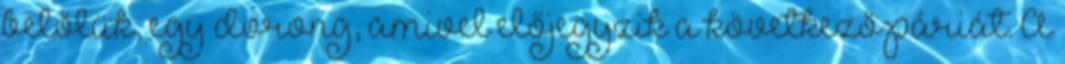
belőlük, egy dorong, amivel előjegyzik a következő páriát. A